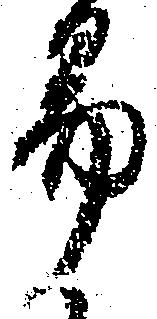
易